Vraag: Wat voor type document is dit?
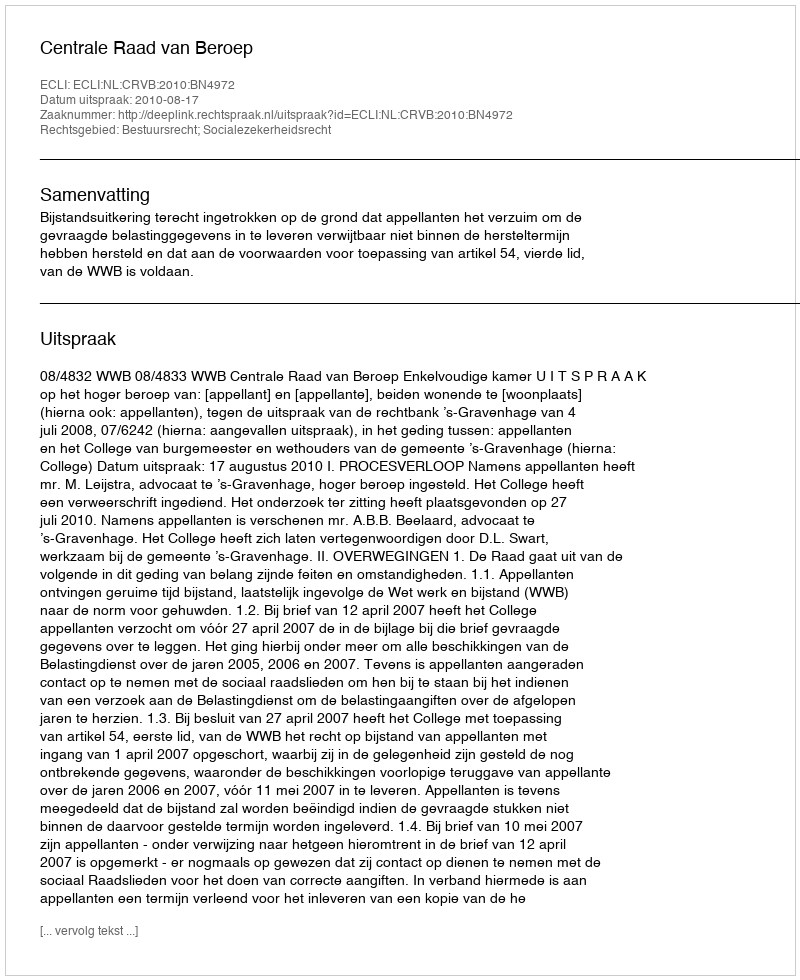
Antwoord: Uitspraak